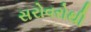
સરોવરોથી